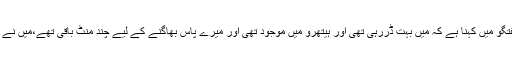
سعودی لڑکی راوان کا برطانوی خبر رساں ادارے سے گفتگو میں کہنا ہے کہ میں بہت ڈررہی تھی اور ہیتھرو میں موجود تھی اور میرے پاس بھاگنے کے لیے چند منٹ باقی تھے،میں نے موقع پا کر بھاگنے کا فیصلہ کیا اور آج برطانیہ میں ہوں۔